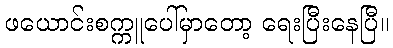
ဖယောင်းစက္ကူပေါ်မှာတော့ ရေးပြီးနေပြီ။